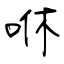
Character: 咻